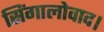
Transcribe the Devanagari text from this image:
सिंगालोवाद।